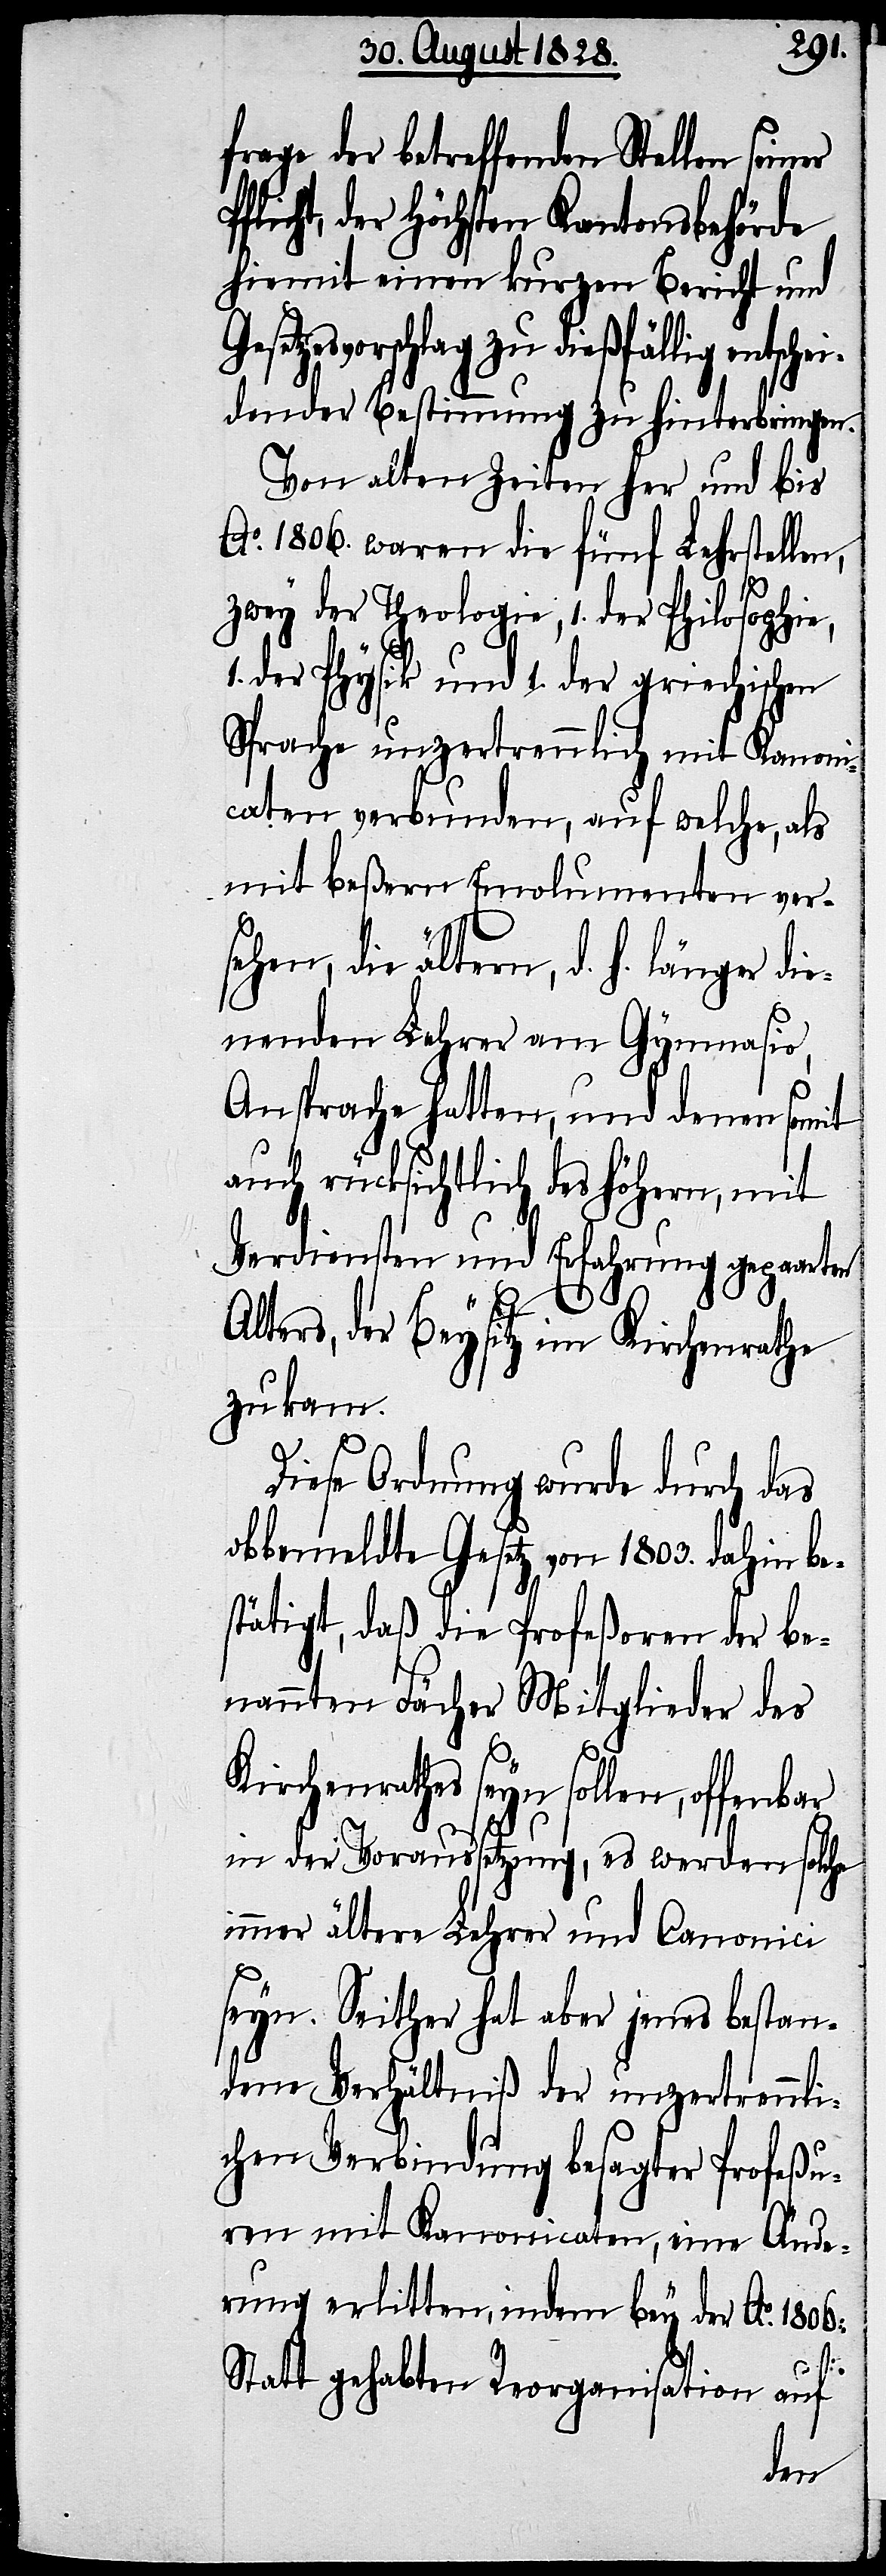
frage der betreffend Stellen
flicht, der Höchsten Kantonsbehörde
hiemit einen kuren Bericht und
zesvorschlag zu dießfällig entsch¬
eidender Bestimmung zu hinterbringen.
Von alten Zeiten her und bis
Ao. 1806. waren die fünf Lehrstellen,
zwey der Theologie, 1. der Philosophie,
1. der Physik und 1. der griechischen
Sprache unzertrennlich mit Kanoni¬
caten verbunden, auf welche, als
mit beßern Emolumenten ver¬
sehen, die ältern, d. h. länger di¬
enenden Lehrer am Gymnasio,
Ansprache hatten, und denen somit
auch rücksichtlich des höhern, mit
Verdiensten und Erfahrung gepaarten
P¬
Alters, der Beysitz im Kirchenrathe
zu kam.
Diese Ordnung wurde durch das
obbemeldte Gesetz von 1803. dahin be¬
stätigt, daß die Profeßoren der be¬
nannten Fächer Mitglieder des
Kirchenrathes seyn sollen,
in der Voraussetzung, es werden solche
immer ältere Lehrer und Canonici
seyn. Seither hat aber jenes bestan¬
dene Verhältniß der unzertrennli¬
chen Verbindung besagter Profeßu¬
ren mit Kanonicaten, eine Ände¬
rung erlitten, indem bey der Ao. 1806.
Geset¬
statt gehabten Reorganisation auf